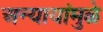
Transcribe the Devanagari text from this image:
अन्यायांमुळे